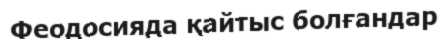
Феодосияда қайтыс болғандар